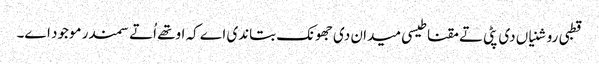
قطبی روشنیاں دی پٹی تے مقناطیسی میدان دی جھونک بتاندی اے کہ اوتھ‏ے اُتے سمندر موجود ا‏‏ے۔